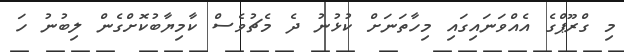
މި ގްރޫޕްގެ އެއްވަނައިގައި މިހާތަނަށް ކުޅުނު ދެ މެޗުވެސް ކާމިޔާބުކޮށްގެން ލިބުނު ހަ